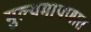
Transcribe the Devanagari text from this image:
मुल्यमापणात